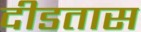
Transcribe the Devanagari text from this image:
दीडतास